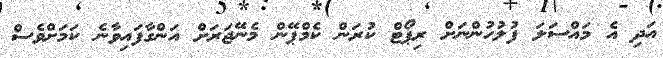
އަދި އެ މައްސަލަ ފުލުހުންނަށް ރިޕޯޓް ކުރަން ކެމްޕޭން މެނޭޖަރަށް އަންގާފައިވާނެ ކަމަށްވެސް